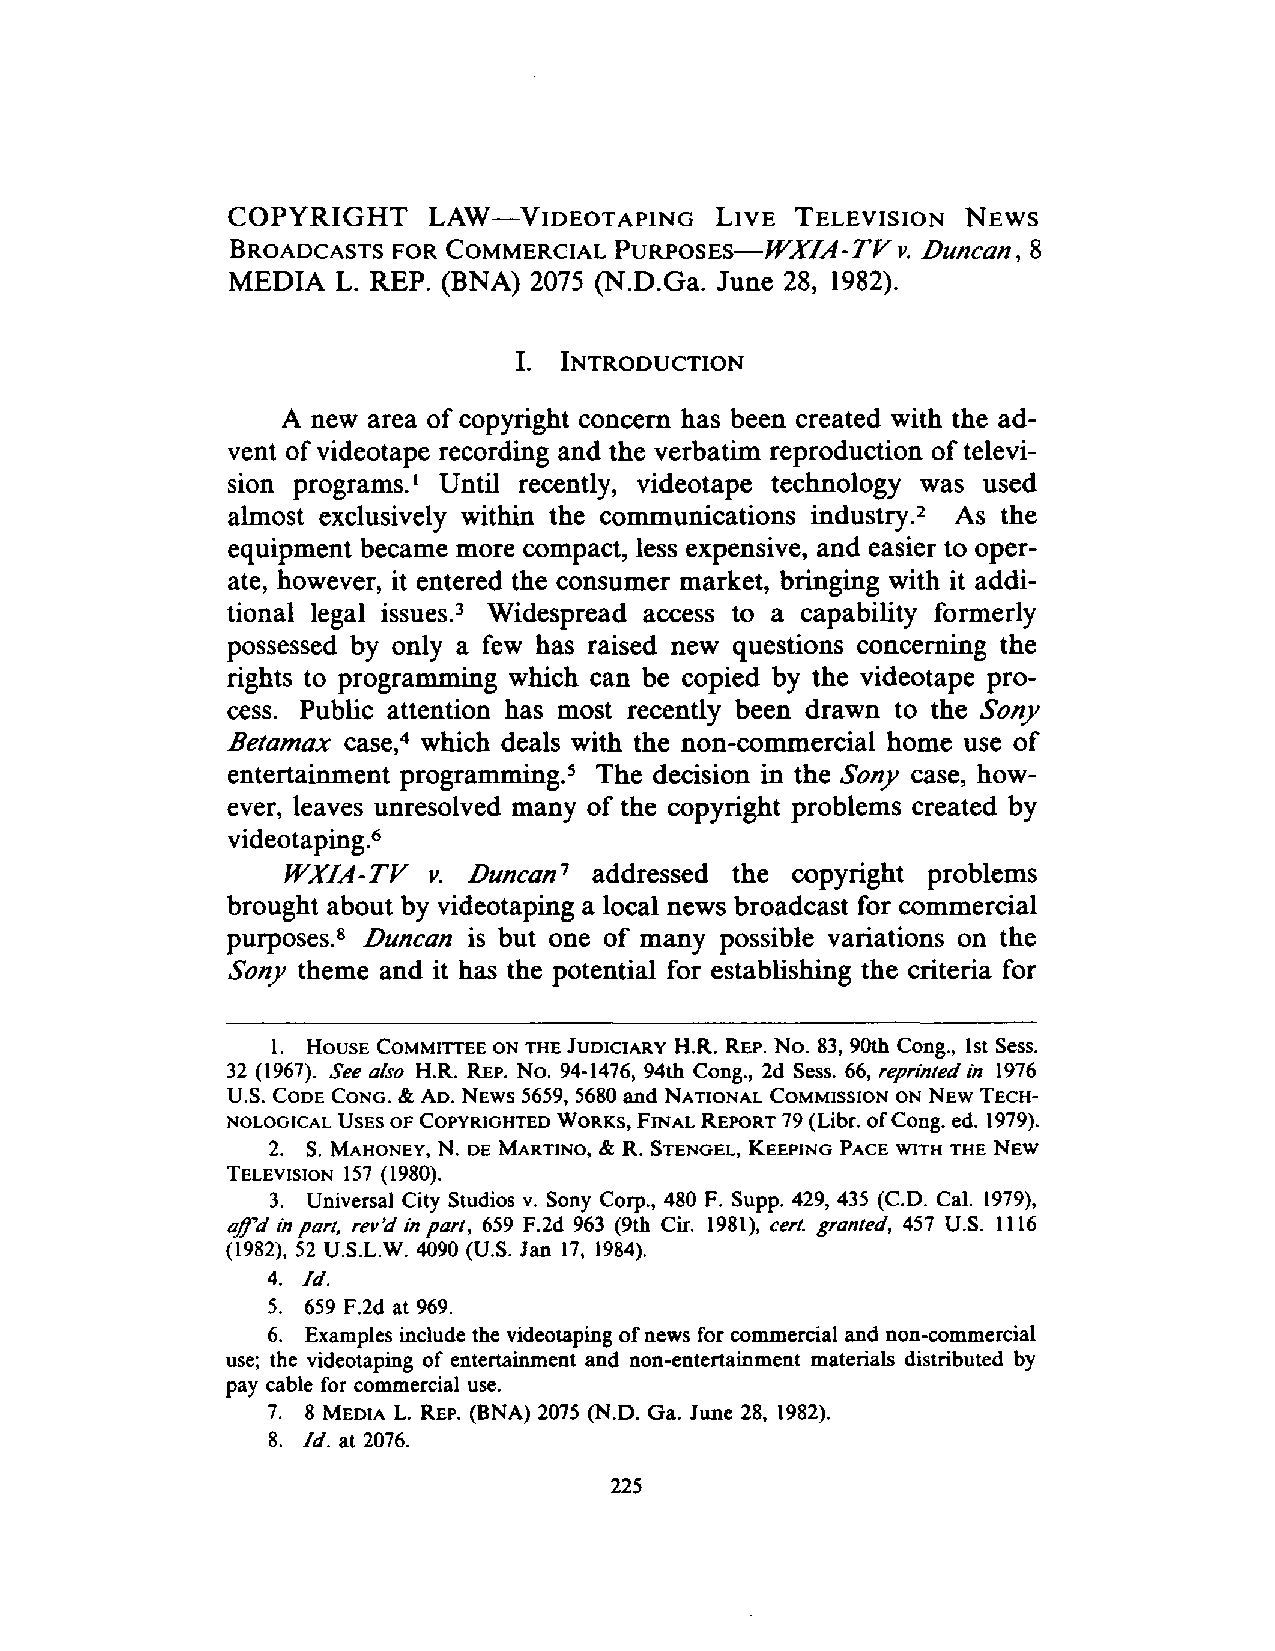
COPYRIGHT    LAW-VIDEOTAPING    LIVE  TELEVISION NEWS
 BROADCASTS FOR COMMERCIAL PURPOSES-WXIA-TV  v. .Duncan, 8
 MEDIA  L. REP. (BNA) 2075 (N.D. Ga. June 28, 1982).
 I. INTRODUCTION
 A new area of copyright concern has been created with the ad­
 vent of videotape recording and the verbatim reproduction of televi­
 sion programs. l Until recently, videotape technology was used
 almost exclusively within the communications industry.2 As the
 equipment became more compact, less expensive, and easier to oper­
 ate, however, it entered the consumer market, bringing with it addi­
 tional legal issues.3 Widespread access to a capability formerly
 possessed by only a few has raised new questions concerning the
 rights to programming which can be copied by the videotape pro­
 cess. Public attention has most recently been drawn to the Sony
 Betamax case,4 which deals with the non-commercial home use of
 entertainment programming. 5 The decision in the Sony case, how­
 ever, leaves unresolved many of the copyright problems created by
 videotaping.6
 WXIA-TV  v. .Duncan addressed the copyright problems
 7
 brought about by videotaping a local news broadcast for commercial
 purposes.8 .Duncan is but one of many possible variations on the
 Sony theme and it has the potential for establishing the criteria for
 1. HOUSE COMMITIEE ON THE JUDICIARY H.R. REp. No. 83, 90th Cong., 1st Sess.
 32 (1967). See also H.R. REp. No. 94-1476, 94th Cong., 2d Sess. 66, reprinted in 1976
 U.S. CODE CONGo & AD. NEWS 5659, 5680 and NATIONAL COMMISSION ON NEW TECH­
 NOLOGICAL USES OF COPYRIGHTED WORKS, FINAL REPORT 79 (Libr. ofCong. ed. 1979).
 2. S. MAHONEY, N. DE MARTINO, & R. STENGEL, KEEPING PACE WITH THE NEW
 TELEVISION 157 (1980).
 3. Universal City Studios v. Sony Corp., 480 F. Supp. 429, 435 (C.D. Cal. 1979),
 q/f'd in part, rev'd in part, 659 F.2d 963 (9th Cir. 1981), cerl granted, 457 U.S. 1116
 (1982), 52 U.S.L.W. 4090 (U.S. Jan 17, 1984).
 4. Id.
 5. 659 F.2d at 969.
 6. Examples include the videotaping of news for commercial and non-commercial
 use; the videotaping of entertainment and non-entertainment materials distributed by
 pay cable for commercial use.
 7. 8 MEDIA L. REP. (BNA) 2075 (N.D. Ga. June 28, 1982).
 8. Id. at 2076.
 225